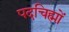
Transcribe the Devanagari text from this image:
पदचिह्मों